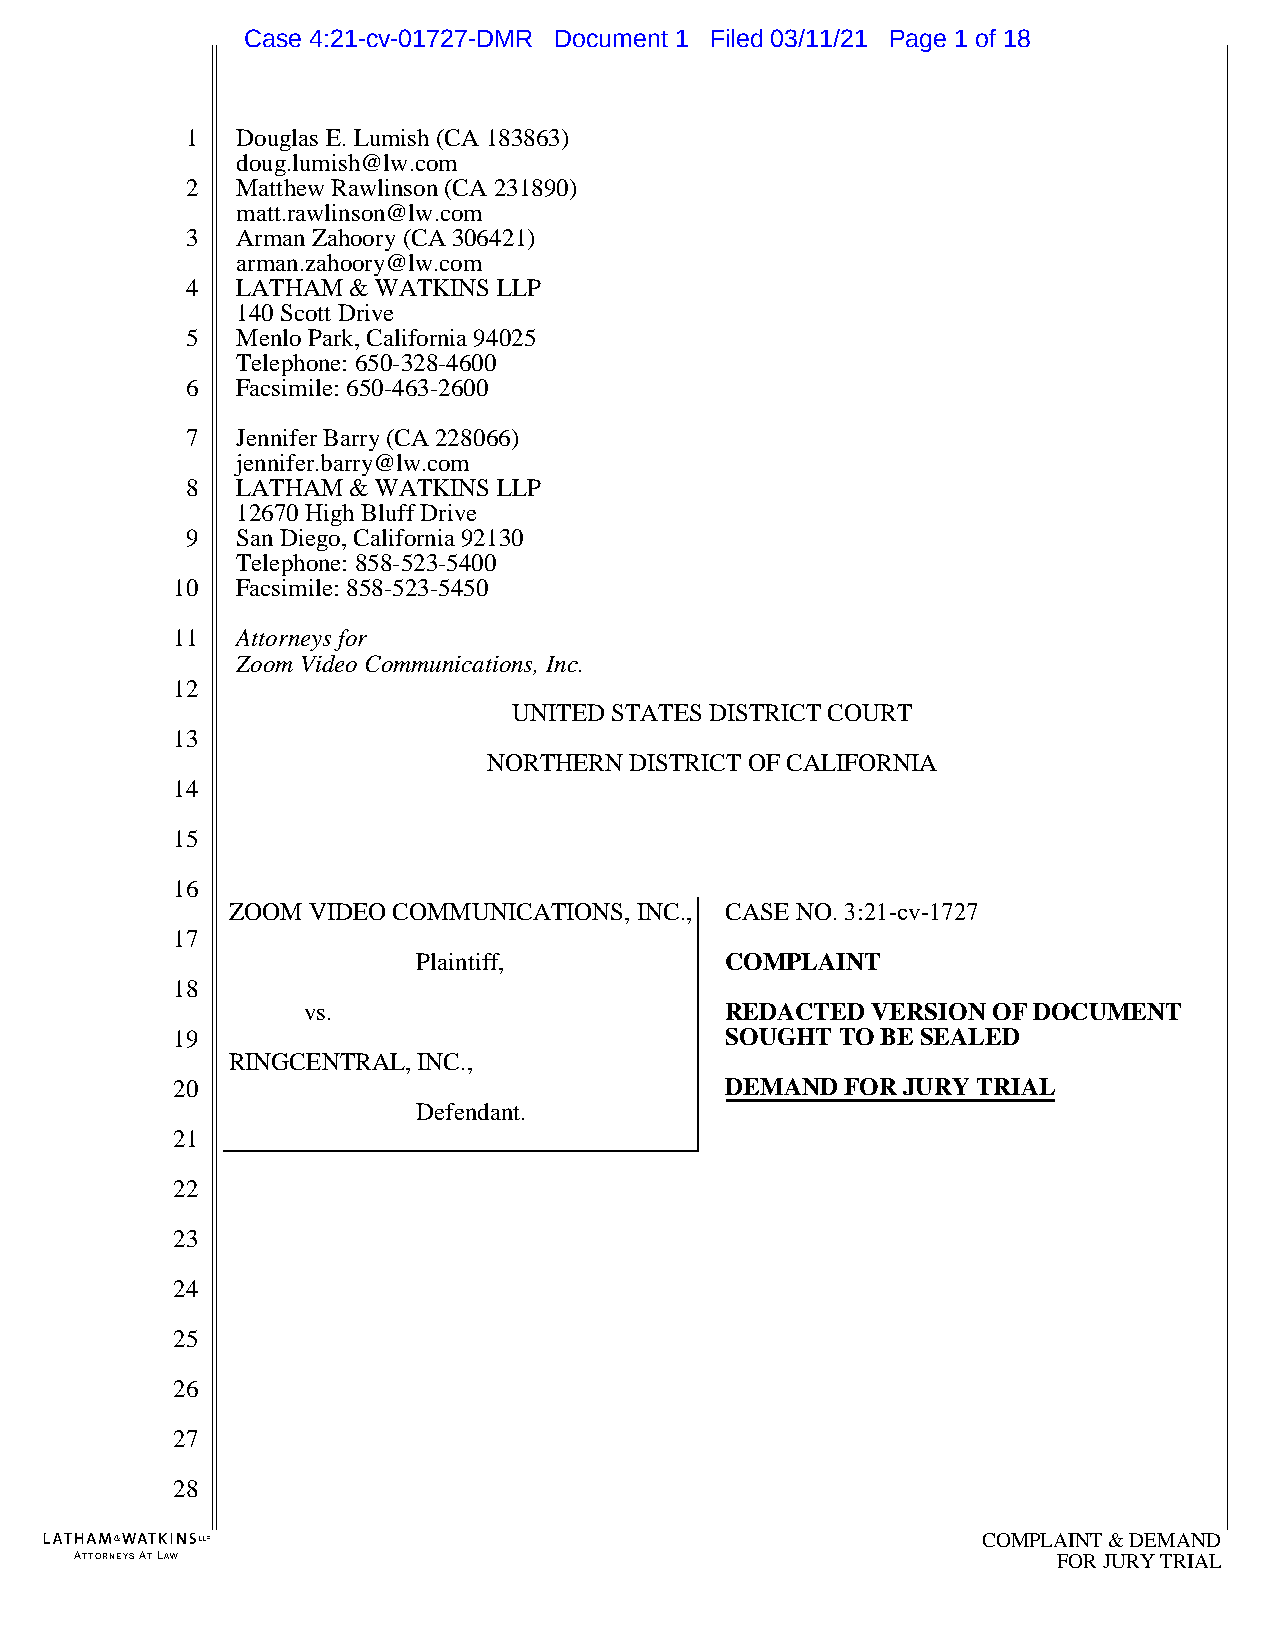
Case 4:21-cv-01727-DMR Document 1 Filed 03/11/21 Page 1 of 18
 1   Douglas E. Lumish (CA 183863)
 doug.lumish@lw.com
 2   Matthew Rawlinson (CA 231890)
 matt.rawlinson@lw.com
 3   Arman Zahoory (CA 306421)
 arman.zahoory@lw.com
 4   LATHAM & WATKINS LLP
 140 Scott Drive
 5   Menlo Park, California 94025
 Telephone: 650-328-4600
 6   Facsimile: 650-463-2600
 7   Jennifer Barry (CA 228066)
 jennifer.barry@lw.com
 8   LATHAM & WATKINS LLP
 12670 High Bluff Drive
 9   San Diego, California 92130
 Telephone: 858-523-5400
 10   Facsimile: 858-523-5450
 11   Attorneys for
 Zoom Video Communications, Inc.
 12
 UNITED STATES DISTRICT COURT
 13
 NORTHERN  DISTRICT OF CALIFORNIA
 14
 15
 16
 ZOOM VIDEO COMMUNICATIONS, INC., CASE NO. 3:21-cv-1727
 17
 Plaintiff,          COMPLAINT
 18
 vs.                         REDACTED  VERSION OF DOCUMENT
 19                                   SOUGHT  TO BE SEALED
 RINGCENTRAL, INC.,
 20                                   DEMAND  FOR JURY TRIAL
 Defendant.
 21
 22
 23
 24
 25
 26
 27
 28
 COMPLAINT & DEMAND
 ATTORNEYS AT LAW                                                 FOR JURY TRIAL